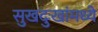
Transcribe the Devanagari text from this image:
सुखदुःखांमध्ये